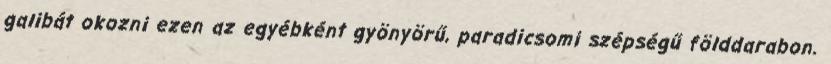
galibát okozni ezen az egyébként gyönyörű, paradicsomi szépségű földdarabon.